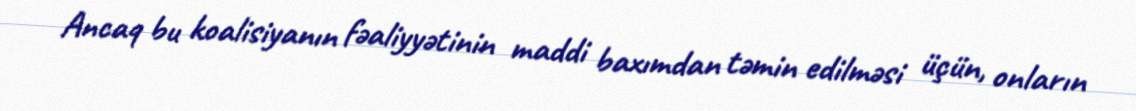
Ancaq bu koalisiyanın fəaliyyətinin maddi baxımdan təmin edilməsi üçün, onların